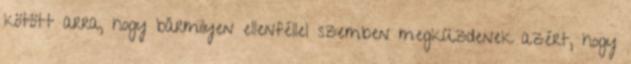
kötött arra, hogy bármilyen ellenféllel szemben megküzdenek azért, hogy